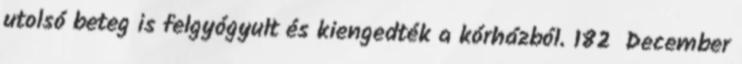
utolsó beteg is felgyógyult és kiengedték a kórházból. 182 December